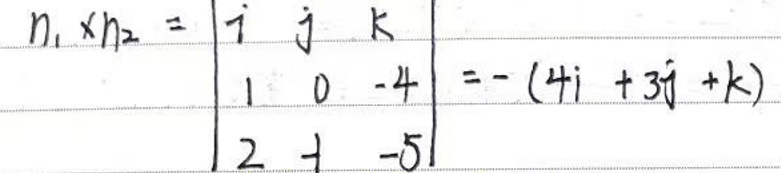
\[n_{1}\times n_{2}=\begin{vmatrix}
\vec{i} & \vec{j} & \vec{k}\\
1 & 0 & -4\\
2 & 1 & -5
\end{vmatrix}=-(4\vec{i}+3\vec{j}+\vec{k})\]